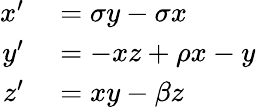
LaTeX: \begin{array}{rl}{x^{\prime}}&{{}=\sigma y-\sigma x}\\ {y^{\prime}}&{{}=-xz+\rho x-y}\\ {z^{\prime}}&{{}=xy-\beta z}\end{array}